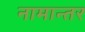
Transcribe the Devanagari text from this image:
नामान्तर